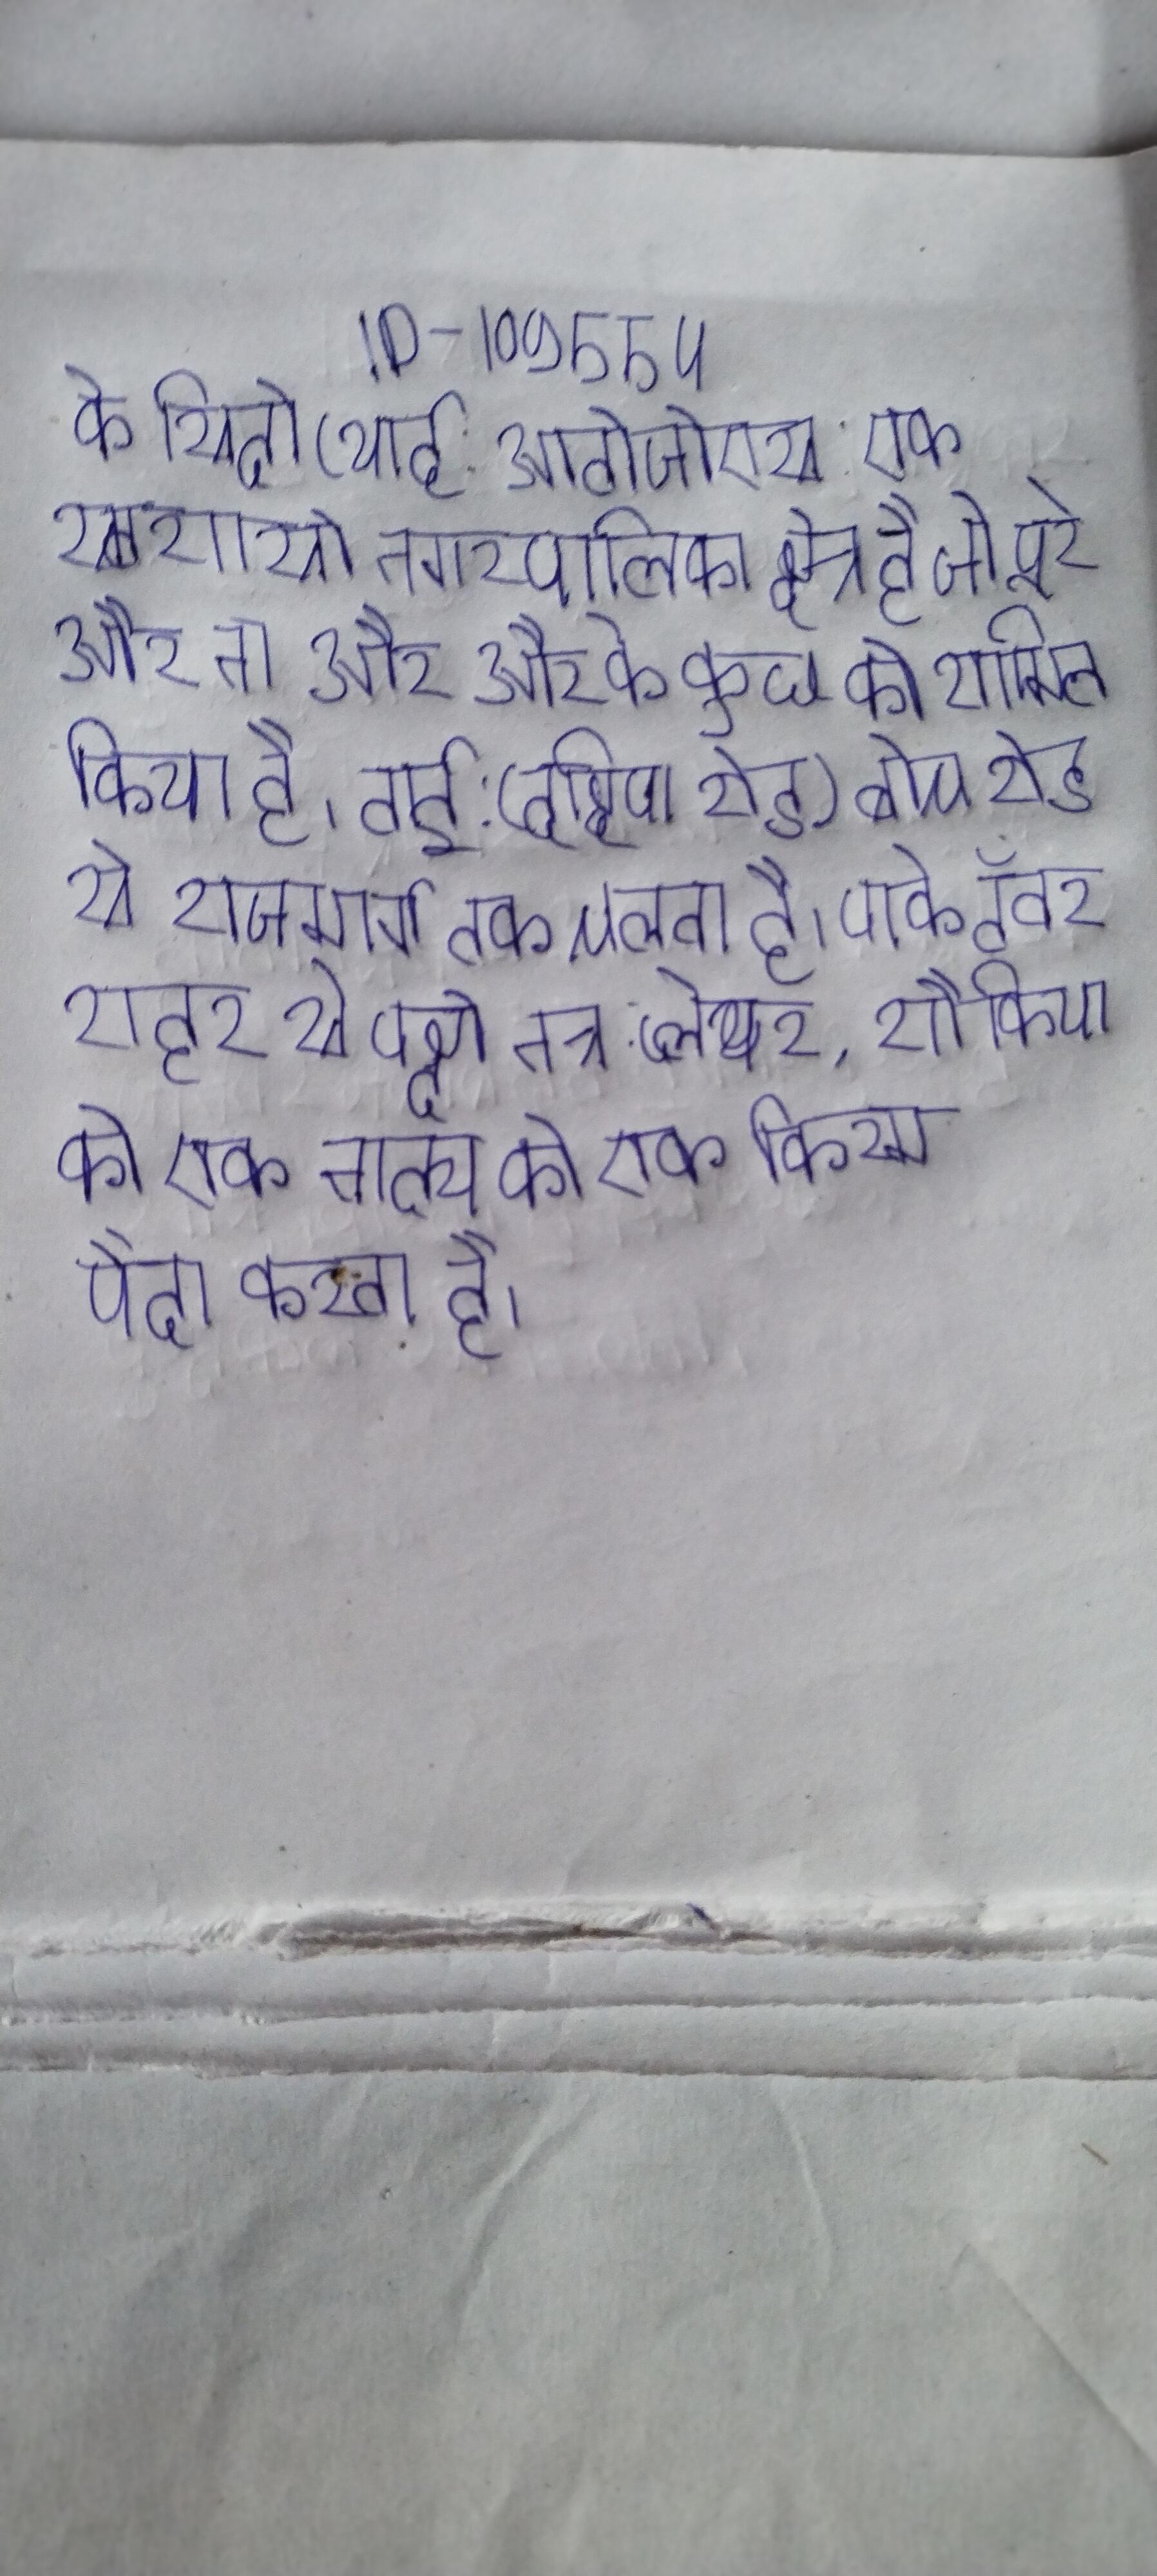
के सिटी (थाई: आरटीजीएस: एक स्वशासी नगरपालिका क्षेत्र है जो पूरे और ना और और के कुछ को शामिल किया है । ताई: (दक्षिण रोड) बीच रोड से राजमार्ग तक चलता है । पार्क टॉवर, शहर से पक्षी नेत्र . प्लेयर, शौकिया की एक नाट्य की एक किस्म पैदा करता है ।